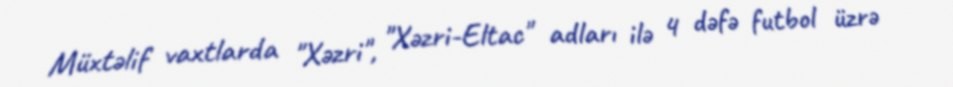
Müxtəlif vaxtlarda "Xəzri", "Xəzri-Eltac" adları ilə 4 dəfə futbol üzrə